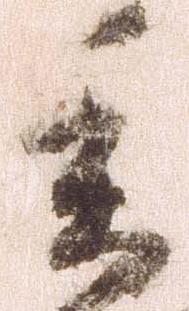
委